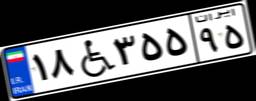
۱۸W۳۵۵۹۵